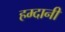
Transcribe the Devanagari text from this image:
हम्दानी